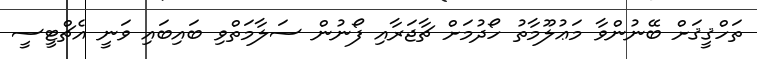
ތަހްޤީޤަށް ބޭނުންވާ މަޢުލޫމާތު ހޯދުމަށް ޗާޖަރާއި ފޯނުން ސަލާމަތްވި ބައިބައި ވަނީ އެޗްޓީސީ